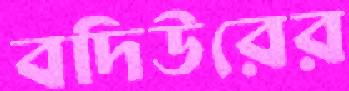
বদিউরের